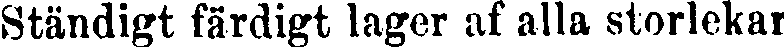
Ständigt färdigt lager af alla storlekar